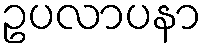
ဥပလာပနာ